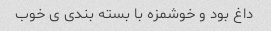
داغ بود و خوشمزه با بسته بندی ی خوب